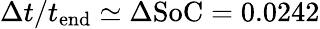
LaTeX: \Delta t/t_{\mathrm{end}}\simeq\Delta\mathrm{SoC=0.0242}